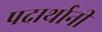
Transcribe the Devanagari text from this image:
पदार्थानी